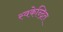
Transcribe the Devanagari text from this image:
स्वकेन्द्रित